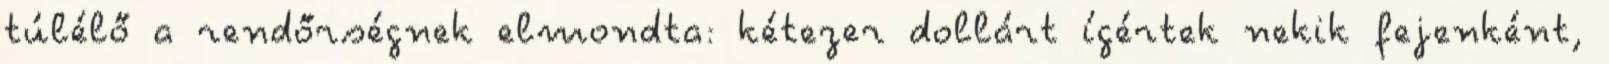
túlélő a rendőrségnek elmondta: kétezer dollárt ígértek nekik fejenként,